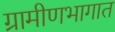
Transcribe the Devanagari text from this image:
ग्रामीणभागात